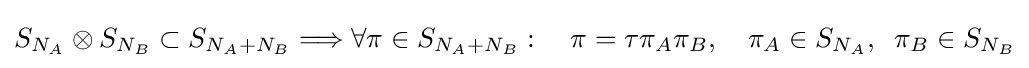
S_{N_{A}}\otimes S_{N_{B}}\subset S_{N_{A}+N_{B}}\Longrightarrow \forall \pi \in S_{N_{A}+N_{B}}:\quad \pi =\tau \pi _{A}\pi _{B},\quad \pi _{A}\in S_{N_{A}},\;\;\pi _{B}\in S_{N_{B}}